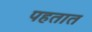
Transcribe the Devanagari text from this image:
पहतात